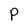
Character: P